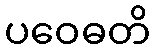
ပဝေဓတိ